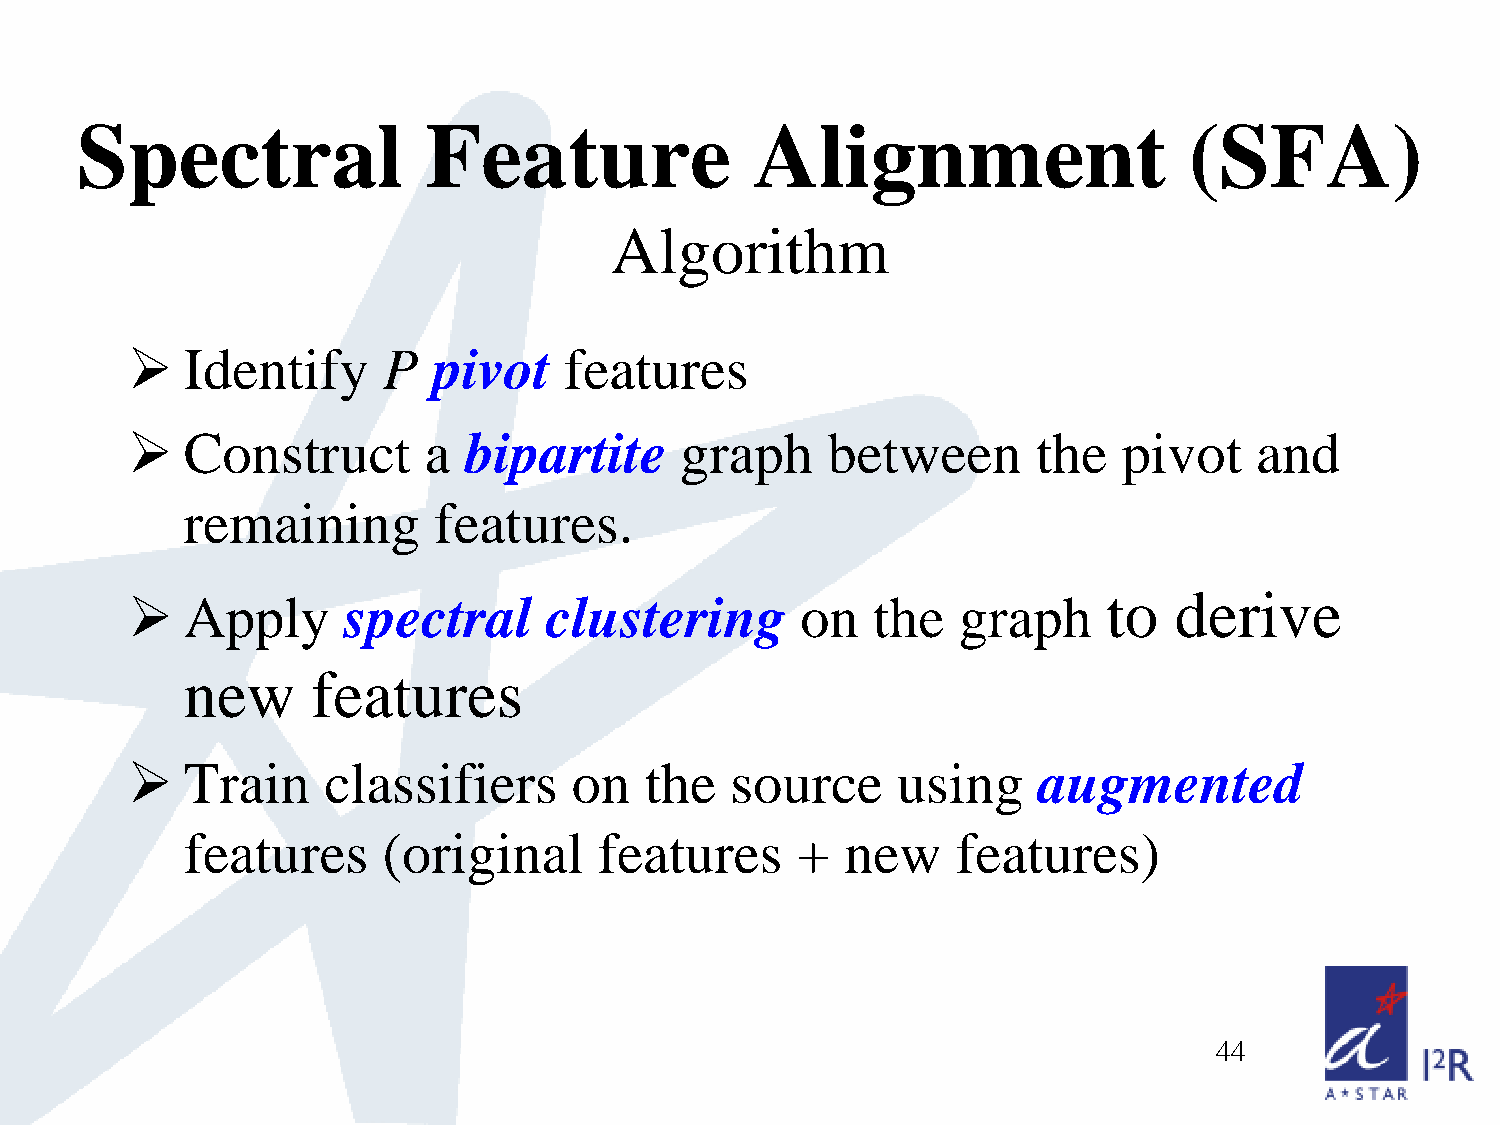
Spectral               Feature               Alignment                    (SFA)
 Algorithm
    Identify     P   pivot   features
    Construct       a  bipartite     graph     between       the  pivot    and
 remaining        features.
 to   derive
    Apply      spectral     clustering       on   the  graph
 new      features
    Train    classifiers      on   the  source     using     augmented
 features     (original      features     +  new    features)
 44